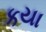
કયા